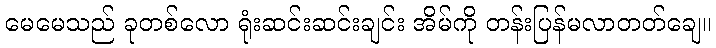
မေမေသည် ခုတစ်လော ရုံးဆင်းဆင်းချင်း အိမ်ကို တန်းပြန်မလာတတ်ချေ။